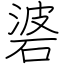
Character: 碆